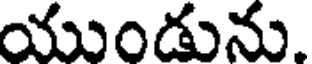
యుండును.